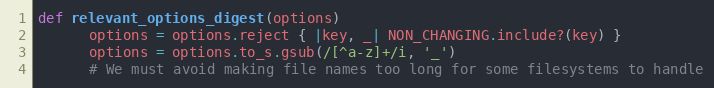
Language: Ruby
def relevant_options_digest(options)
      options = options.reject { |key, _| NON_CHANGING.include?(key) }
      options = options.to_s.gsub(/[^a-z]+/i, '_')
      # We must avoid making file names too long for some filesystems to handle